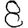
Digit: 8